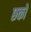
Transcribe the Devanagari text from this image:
छको